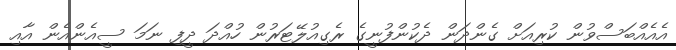
އެއެއްބަސްވުން ކުރިއަށް ގެންދަން ދެކުންފުނީގެ ރެގިއުލޭޓަރުން ހުއްދަ ދީފި ނަމަ ސީއެންއެން އާއި